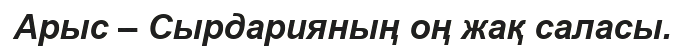
Арыс – Сырдарияның оң жақ саласы.